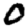
Digit: 0